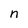
Character: n